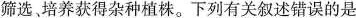
筛选、培养获得杂种植株。下列有关叙述错误的是